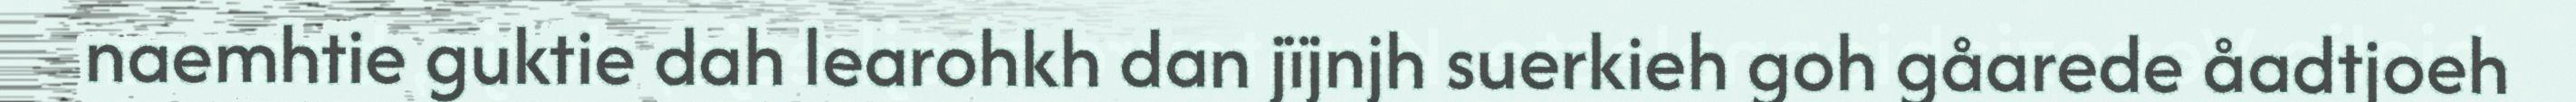
naemhtie guktie dah learohkh dan jïjnjh suerkieh goh gåarede åadtjoeh